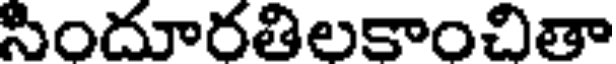
సిందూరతిలకాంచితా